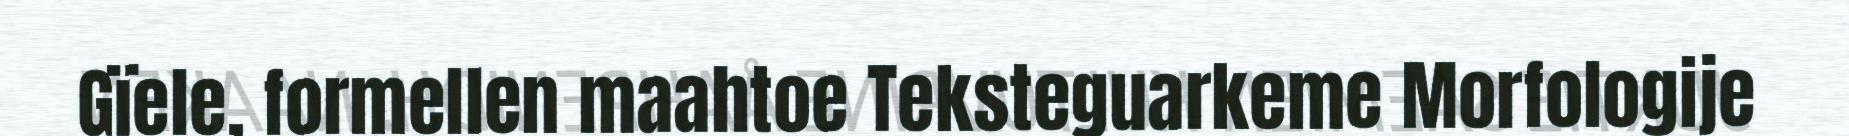
Gïele, formellen maahtoe Teksteguarkeme Morfologije